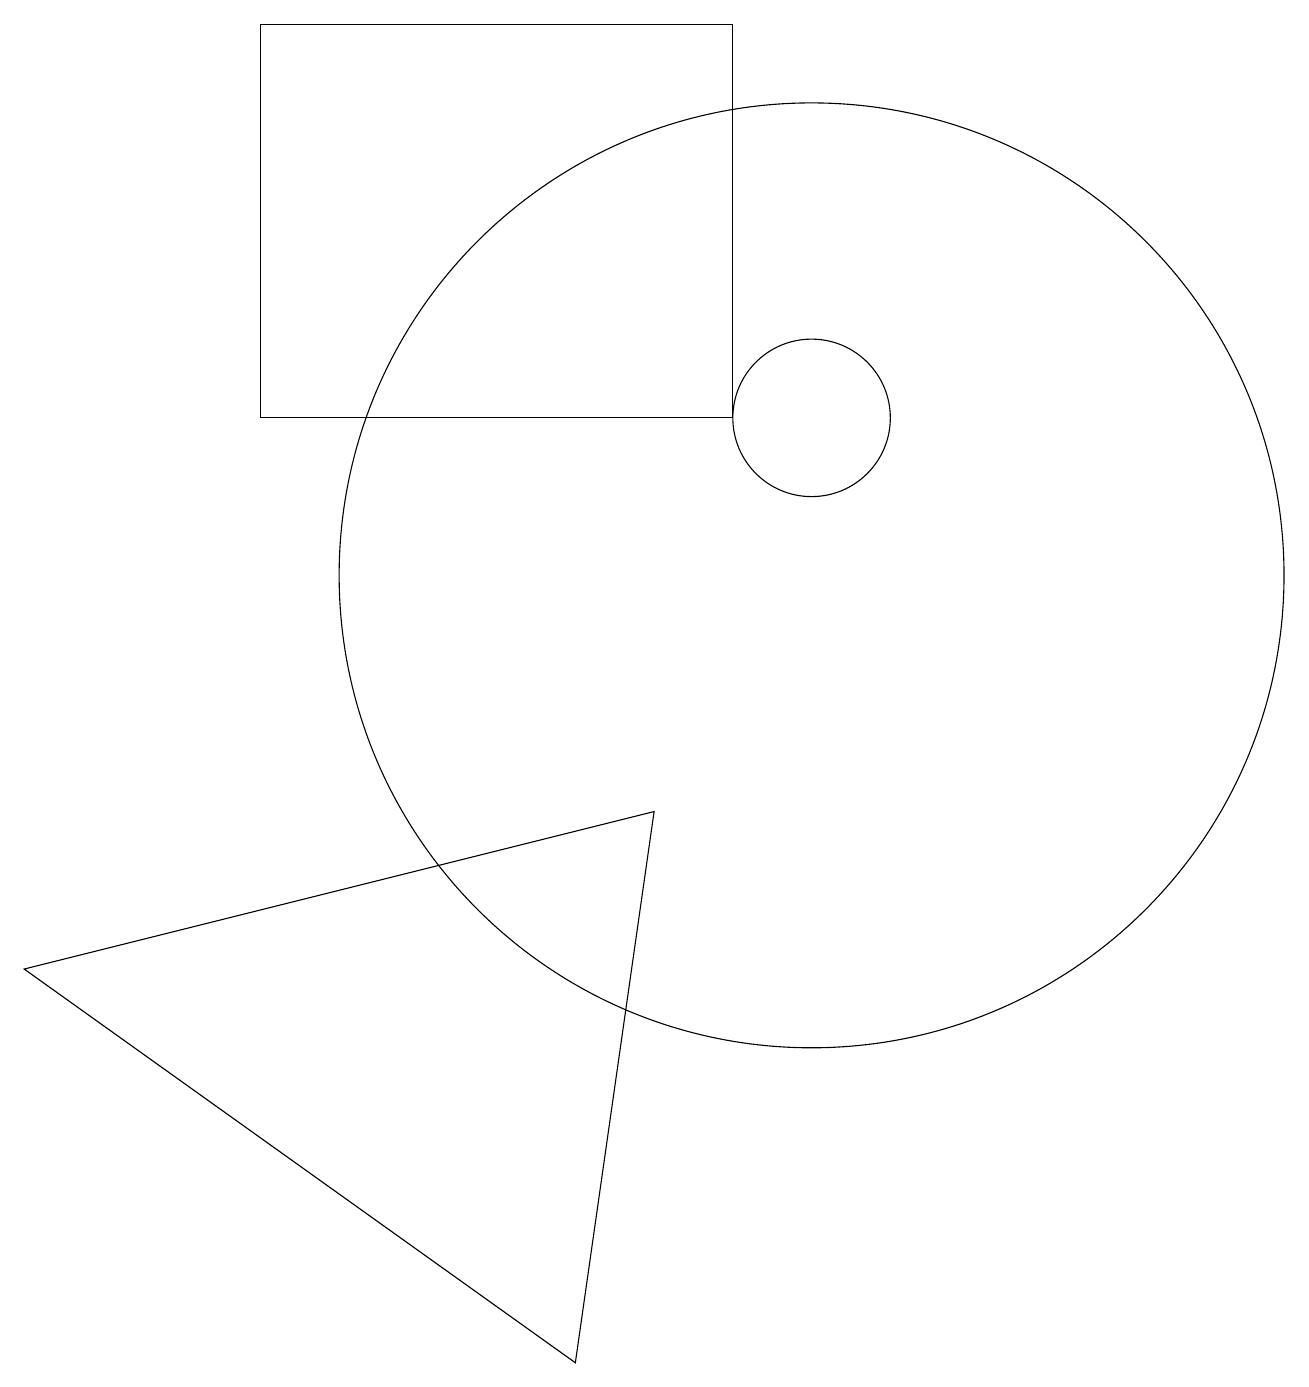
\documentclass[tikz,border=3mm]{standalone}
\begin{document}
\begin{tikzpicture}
\draw (10,10) circle (6);
\draw (3,12) rectangle (9,17);
\draw (7,0) -- (0,5) -- (8,7) -- cycle;
\draw (10,12) circle (1);
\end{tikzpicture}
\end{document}